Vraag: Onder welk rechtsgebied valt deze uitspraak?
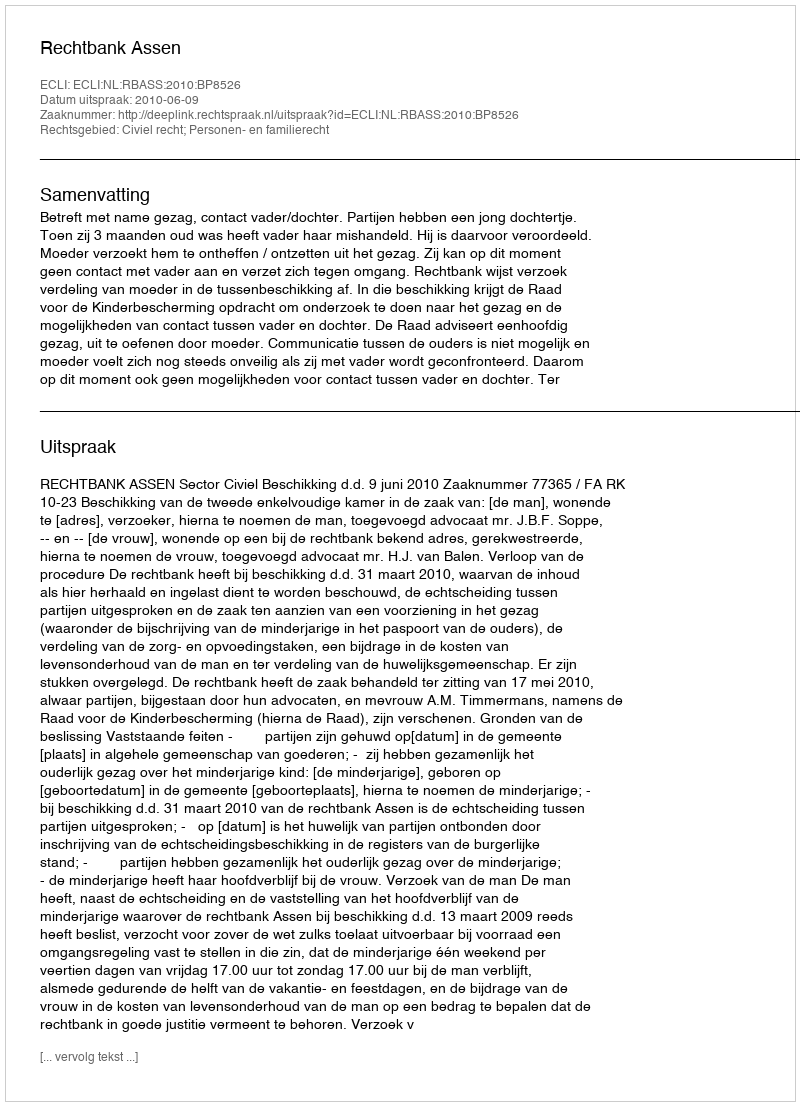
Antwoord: Civiel recht; Personen- en familierecht